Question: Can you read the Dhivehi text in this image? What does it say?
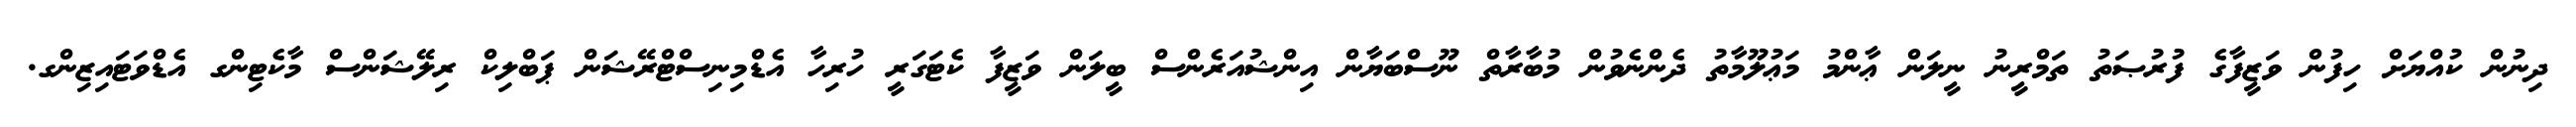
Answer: ދިނުން ކުއްޔަށް ހިފުން ވަޒީފާގެ ފުރުޞަތު ތަމްރީނު ނީލަން ޢާންމު މަޢުލޫމާތު ދެންނެވުން މުބާރާތް ނޫސްބަޔާން އިންޝުއަރެންސް ބީލަން ވަޒީފާ ކެޓަގަރީ ހުރިހާ އެޑްމިނިސްޓްރޭޝަން ޕަބްލިކް ރިލޭޝަންސް މާކެޓިންގ އެޑްވަޓައިޒިންގ.